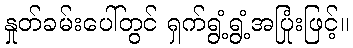
နှုတ်ခမ်းပေါ်တွင် ရှက်ရွံ့ရွံ့အပြုံးဖြင့်။